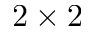
2 \times 2